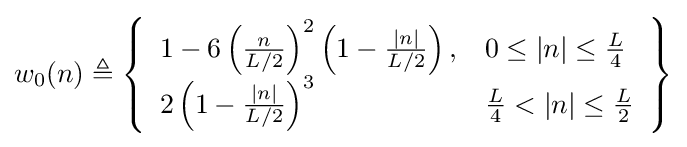
w_{0}(n)\triangleq \left\{{\begin{array}{ll}1-6\left({\frac {n}{L/2}}\right)^{2}\left(1-{\frac {|n|}{L/2}}\right),&0\leq |n|\leq {\frac {L}{4}}\\2\left(1-{\frac {|n|}{L/2}}\right)^{3}&{\frac {L}{4}}<|n|\leq {\frac {L}{2}}\\\end{array}}\right\}